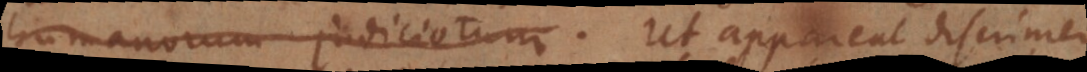
humanorum judiciorum. Ut appareat discrimen